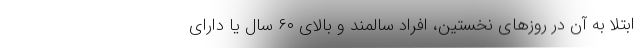
ابتلا به آن در روزهای نخستین، افراد سالمند و بالای ۶۰ سال یا دارای